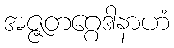
အဇ္ဇတဂ္ဂေဒါနာဟံ